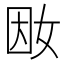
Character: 𡜭